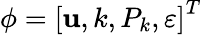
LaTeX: \phi=\left[\mathbf{u},k,P_{k},\varepsilon\right]^{T}